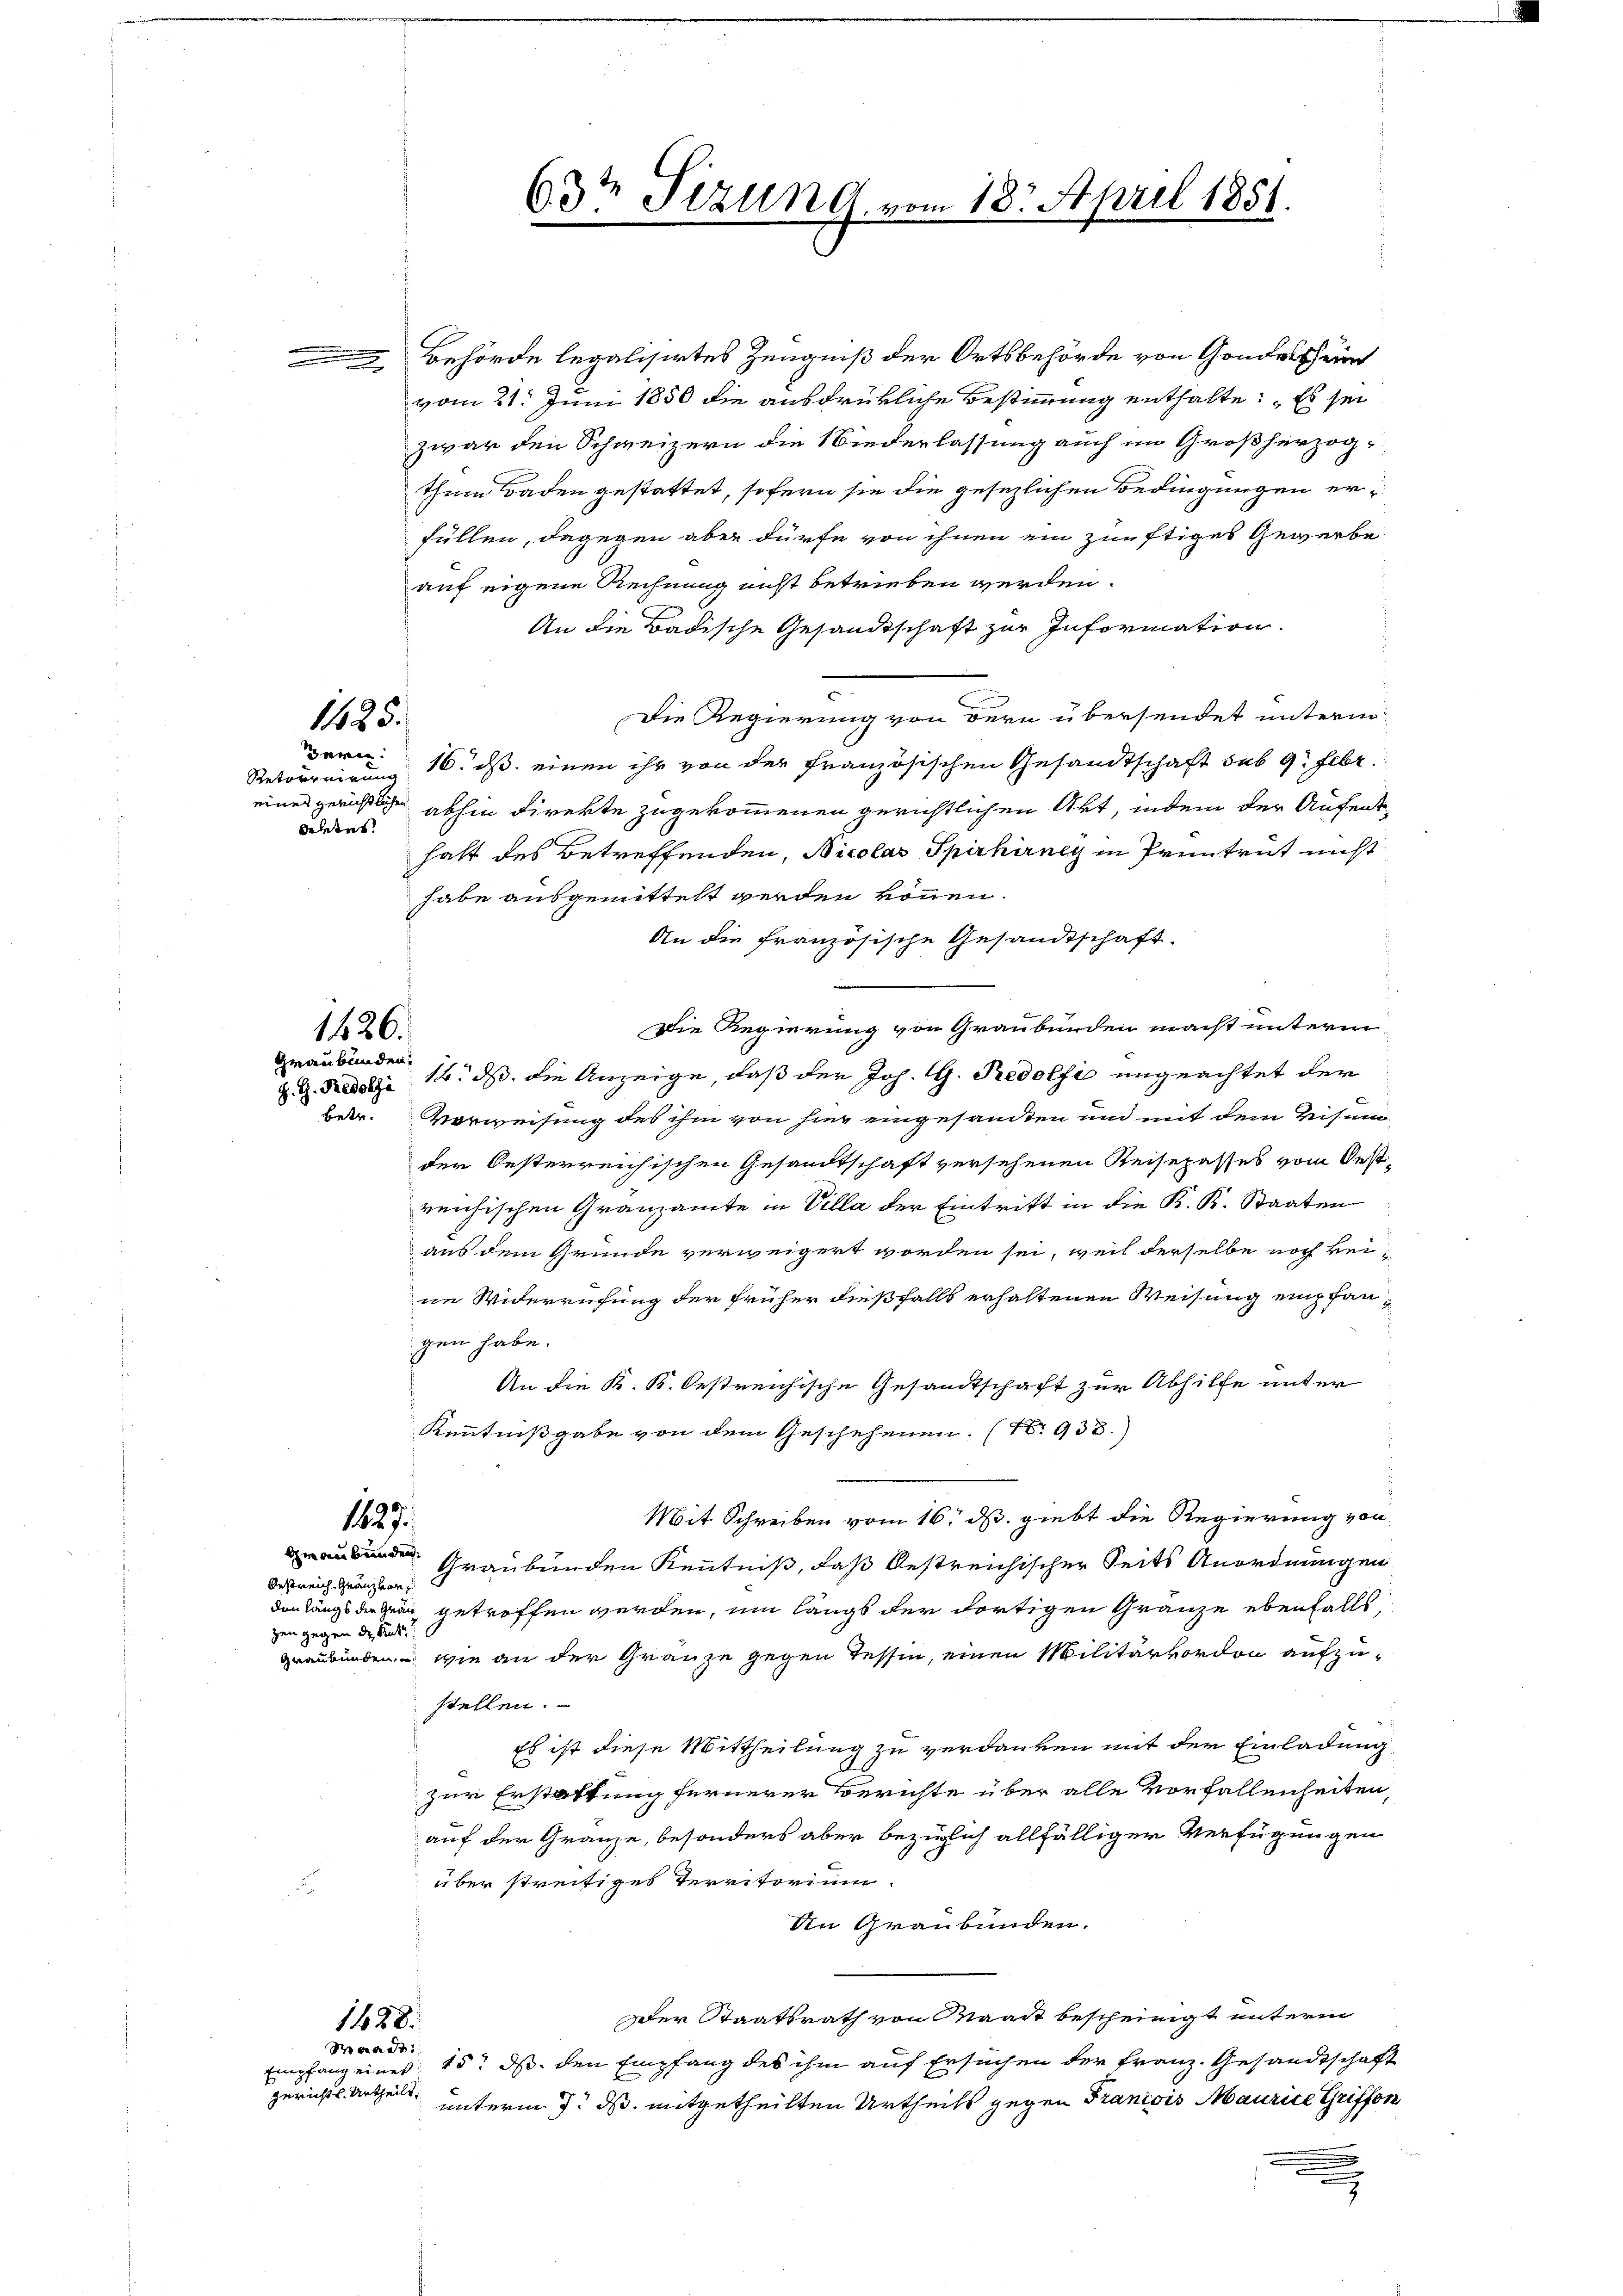
1125.

Retorruirung
derens.

1426.

thum Baden gestattet, sofern sie die gesezlichen Bedingungen erfüllen, dagegen aber dürfe von ihnen ein zünftiges Gewerbe
auf eigene Rechnung nicht betrieben werden.
An die Badische Gesandtschaft zur Information.
Die Regierung von dern übersendet unterm
Bern 16. ds. einen ihr von der Französischen Gesandtschaft sub 9. Febr.
eines gerichtlichen abhin direkte zugekommenen gerichtlichen Akt, indem der Aufenthalt des Betreffenden, Nicolar Spirhirney in Pruntrut nicht
habe ausgemittelt werden können.
An die französische Gesandtschaft.
Die Regierung von Graubünden macht unterm
G. Med. 16. ds. die Anzeige, daß der Joh. G. Pedelsi ungeachtet der
Betr. Vorweisung des ihm von hier eingesandten und mit dem Visum
der Oesterreichischen Gesandtschaft versehenen Reisepasses vom Oestreichischen Granzamte in Villa der Eintritt in die K. K. Staaten
aus dem Grunde verweigert worden sei, weil derselbe noch keine Widerrufung der früher dießfalls erhaltenen Weisung empfangen habe.
An die K. K. Oestreichische Gesandtschaft zur Abhilfe unter
Kenntnißgabe von dem Geschehenen. (N. 933.)
Mit Schreiben vom 16. ds. giebt die Regierung von
1827.
 Graubünden Kenntniß, daß bestreichischer Seits Anordnungen
Oestreich Gränz(...)
don längs der Gran getroffen werden, um längs der dortigen Gränze ebenfalls
zen gegen dr. Rück
Graubünden wie an der Gränze gegen Tessin, einen Militärkordon aufzu-
stellen.
Es ist diese Mittheilung zu verdanken mit der Einladung
zur Erstattung fernerer Berichte über alle Vorfallenheiten,
auf der Gränze, besonders aber bezüglich allfälliger Verfügungen
über streitiges Territorium.
a
An Graubünden.
Der Staatsrath von Waadt bescheinigt unterm
1428.
Baadi
Empfang eines 15. ds. den Empfang des ihm auf Ersuchen der Franz. Gesandtschaft
Gerichts Urtheilt.
unterm 7. ds. mitgetheilten Urtheils gegen Francois Maurice Griffon

Graubünden.

63t Tizung vom 18. April 1851.

Behörde legalisirtes Zeugniß der Ortsbehörde von Gondesschrun
vom 21. Juni 1850 die ausdrükliche Bestimmung enthalte: „Es sei
zwar den Schweizern die Niederlassung auch im Großherzog¬